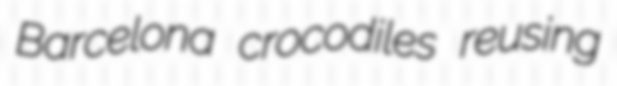
Barcelona crocodiles reusing